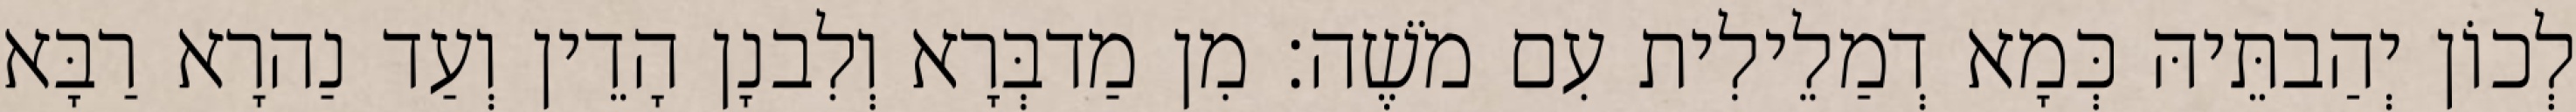
לְכוֹן יְהַבתֵּיהּ כְּמָא דְמַלֵילִית עִם מֹשֶׁה׃ מִן מַדבְּרָא וְלִבנָן הָדֵין וְעַד נַהרָא רַבָּא